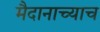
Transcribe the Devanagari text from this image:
मैदानाच्याच